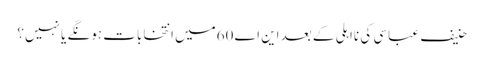
حنیف عباسی کی نااہلی کے بعد این اے 60میں انتخابات ہونگے یا نہیں؟